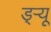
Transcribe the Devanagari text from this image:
ड्‌ऱ्यू